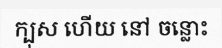
ក្បុស ហើយ នៅ ចន្លោះ